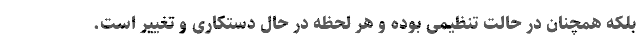
بلکه همچنان در حالت تنظیمی بوده و هر لحظه در حال دستکاری و تغییر است.